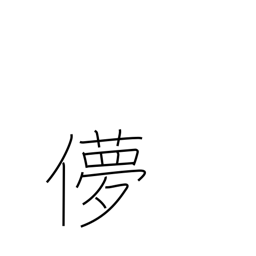
Meaning: fickle